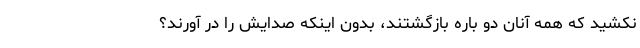
نکشید که همه آنان دو باره بازگشتند، بدون اینکه صدایش را در آورند؟